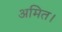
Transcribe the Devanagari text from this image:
अमित।